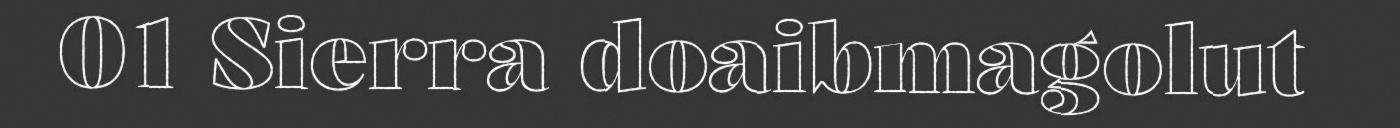
01 Sierra doaibmagolut